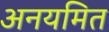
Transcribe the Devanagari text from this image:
अनयमित